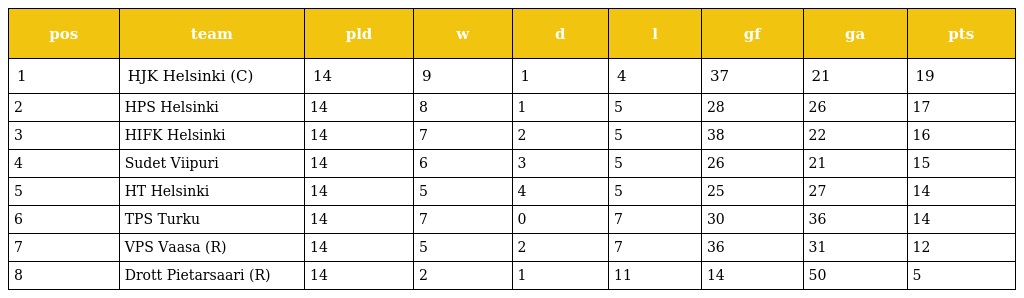
| pos | team | pld | w | d | l | gf | ga | pts |
 | --- | --- | --- | --- | --- | --- | --- | --- | --- |
 | 1 | HJK Helsinki (C) | 14 | 9 | 1 | 4 | 37 | 21 | 19 |
 | 2 | HPS Helsinki | 14 | 8 | 1 | 5 | 28 | 26 | 17 |
 | 3 | HIFK Helsinki | 14 | 7 | 2 | 5 | 38 | 22 | 16 |
 | 4 | Sudet Viipuri | 14 | 6 | 3 | 5 | 26 | 21 | 15 |
 | 5 | HT Helsinki | 14 | 5 | 4 | 5 | 25 | 27 | 14 |
 | 6 | TPS Turku | 14 | 7 | 0 | 7 | 30 | 36 | 14 |
 | 7 | VPS Vaasa (R) | 14 | 5 | 2 | 7 | 36 | 31 | 12 |
 | 8 | Drott Pietarsaari (R) | 14 | 2 | 1 | 11 | 14 | 50 | 5 |